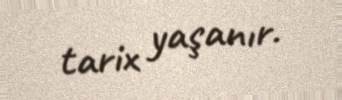
tarix yaşanır.